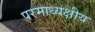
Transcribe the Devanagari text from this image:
परमाध्यक्षीय